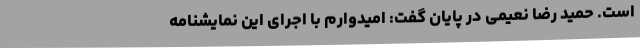
است. حمید رضا نعیمی در پایان گفت: امیدوارم با اجرای این نمایشنامه